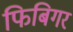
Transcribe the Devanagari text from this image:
फिबिगर